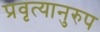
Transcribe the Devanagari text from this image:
प्रवृत्यानुरुप